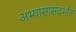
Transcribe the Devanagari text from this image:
अभ्यासासंदर्भात